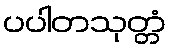
ပပါတသုတ္တံ